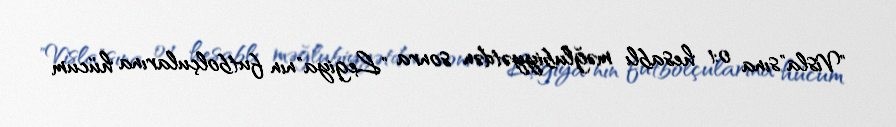
"Visla"sına 0:1 hesablı məğlubiyyətdən sonra "Legiya"nın futbolçularına hücum